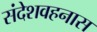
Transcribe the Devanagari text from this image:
संदेशवहनास